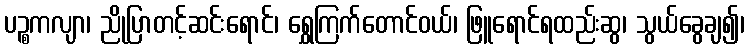
ပဉ္စကလျာ၊ ညိုပြာတင့်ဆင်းရောင်၊ ရွှေကြက်တောင်ဝယ်၊ ဖြူရောင်ရထည်းဆွ၊ သွယ်ခွေချ၍၊